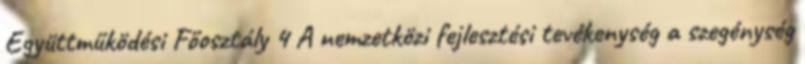
Együttműködési Főosztály 4 A nemzetközi fejlesztési tevékenység a szegénység